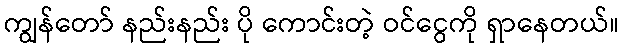
ကျွန်တော် နည်းနည်း ပို ကောင်းတဲ့ ဝင်ငွေကို ရှာနေတယ်။